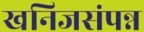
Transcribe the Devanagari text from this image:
खनिजसंपन्न